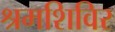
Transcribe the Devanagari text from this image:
श्रमशिविर